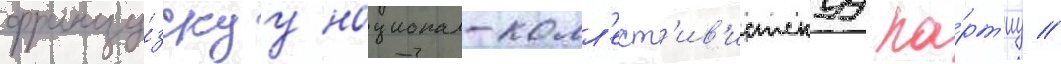
францу́зскуу национал-колл'ект'ив'истскуу па́рт'иу //